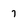
Character: 7